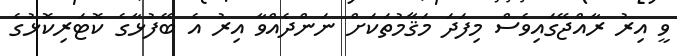
ވީ އިރު ރާއްޖޭގައިވެސް މިފަދަ މަޤާމުތަކަށް ނަންދެއްވާ އިރު އެ ބޭފުޅާގެ ކޮޓަރިކޮޅުގެ